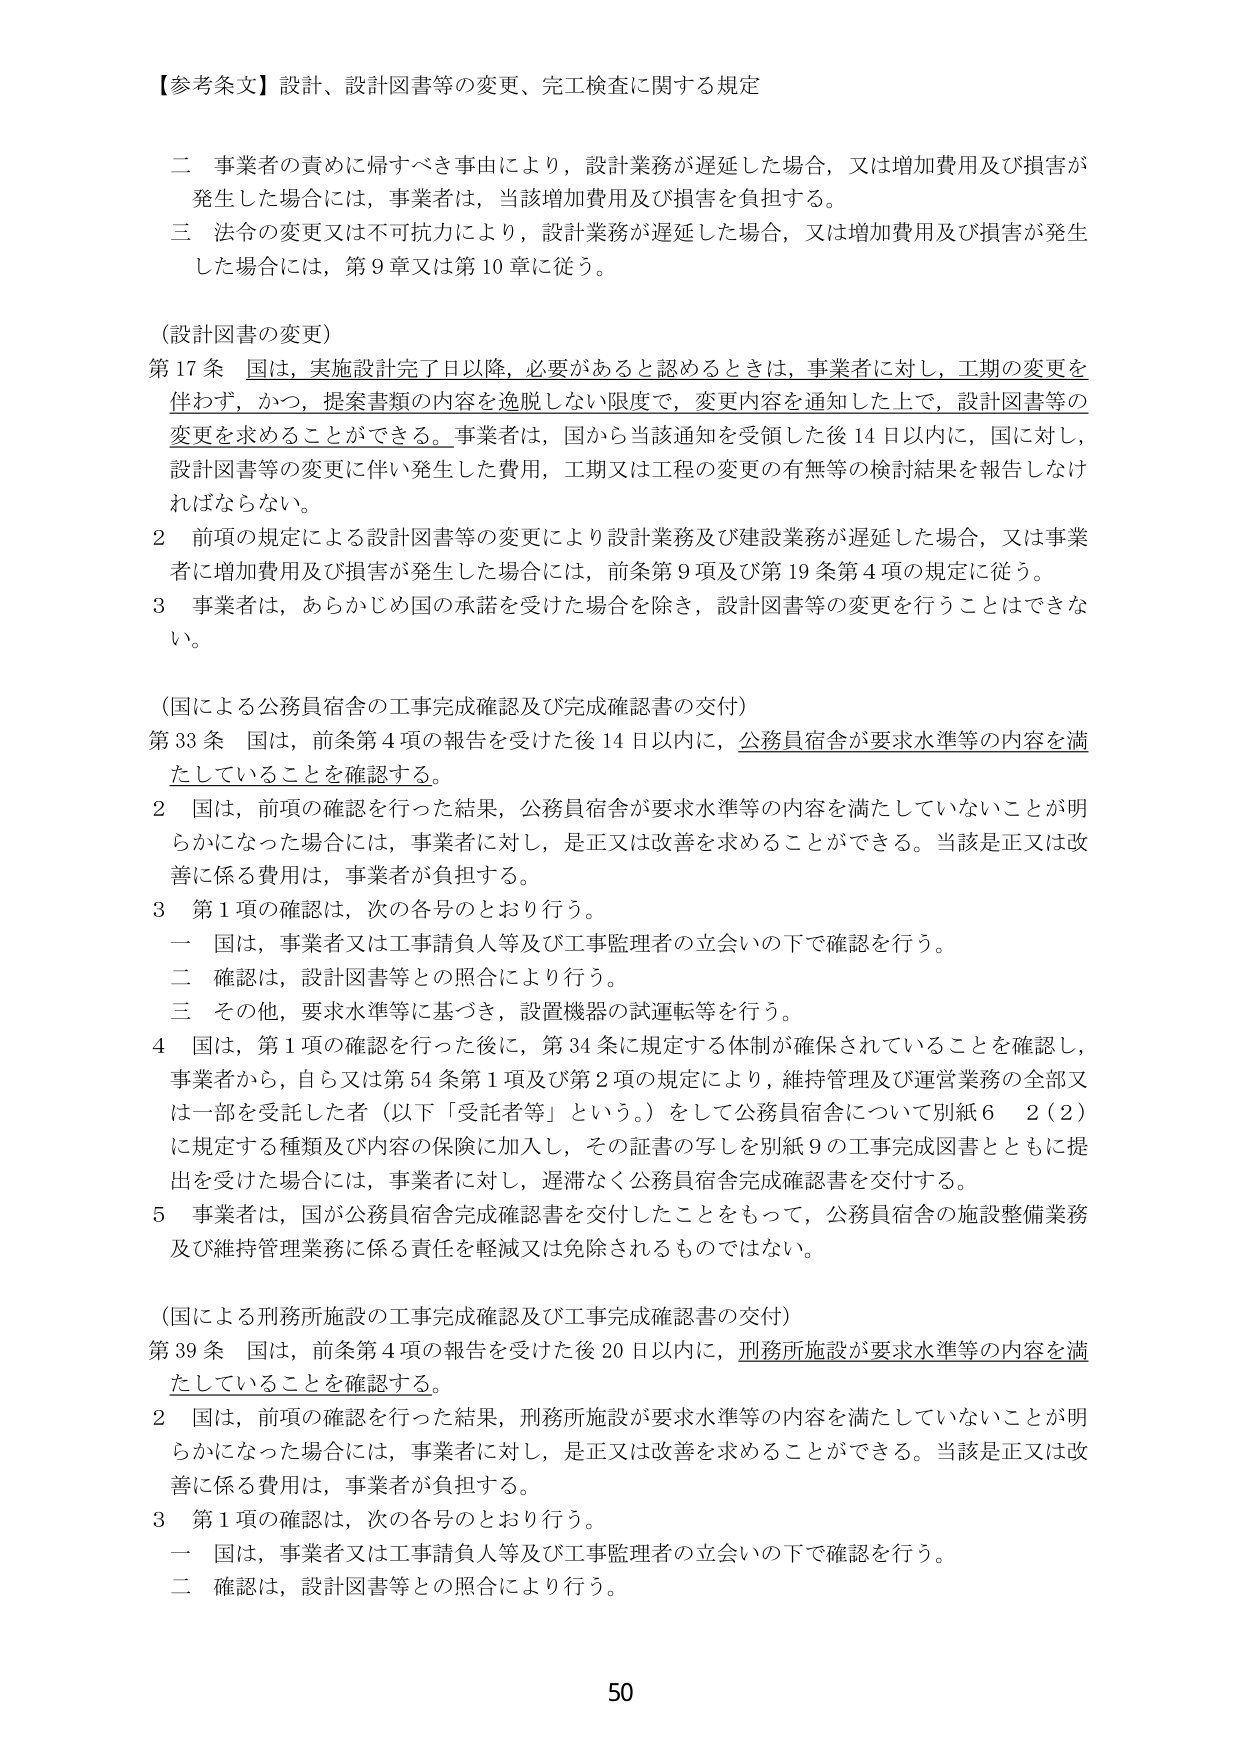
【参考条文】設計、設計図書等の変更、完工検査に関する規定

二 事業者の責めに帰すべき事由により，設計業務が遅延した場合，又は増加費用及び損害が発生した場合には，事業者は，当該増加費用及び損害を負担する。

三 法令の変更又は不可抗力により，設計業務が遅延した場合，又は増加費用及び損害が発生した場合には，第9章又は第10章に従う。

（設計図書の変更）

第17条 国は，実施設計完了日以降，必要があると認めるときは，事業者に対し，工期の変更を伴わず，かつ，提案書類の内容を逸脱しない限度で，変更内容を通知した上で，設計図書等の変更を求めることができる。事業者は，国から当該通知を受領した後14日以内に，国に対し，設計図書等の変更に伴い発生した費用，工期又は工程の変更の有無等の検討結果を報告しなければならない。

2 前項の規定による設計図書等の変更により設計業務及び建設業務が遅延した場合，又は事業者が増加費用及び損害が発生した場合には，前条第9項及び第19条第4項の規定に従う。

3 事業者は，あらかじめ国の承諾を受けた場合を除き，設計図書等の変更を行うことはできない。

（国による公務員宿舎の工事完成確認及び完成確認書の交付）

第33条 国は，前条第4項の報告を受けた後14日以内に，公務員宿舎が要求水準等の内容を満たしていることを確認する。

2 国は，前項の確認を行った結果，公務員宿舎が要求水準等の内容を満たしていないことが明らかになった場合には，事業者に対し，是正又は改善を求めることができる。当該是正又は改善に係る費用は，事業者が負担する。

3 第1項の確認は，次の各号のとおり行う。

一 国は，事業者又は工事請負人等及び工事監理者の立会いの下で確認を行う。

二 確認は，設計図書等との照合により行う。

三 その他，要求水準等に基づき，設置機器の試運転等を行う。

4 国は，第1項の確認を行った後に，第34条に規定する体制が確保されていることを確認し，事業者から，自ら又は第54条第1項及び第2項の規定により，維持管理及び運営業務の全部又は一部を受託した者（以下「受託者等」という。）として公務員宿舎について別紙6 2（2）に規定する種類及び内容の保険に加入し，その証書の写しを別紙9の工事完成図書とともに提出を受けた場合には，事業者に対し，遅滞なく公務員宿舎完成確認書を交付する。

5 事業者は，国が公務員宿舎完成確認書を交付したことをもって，公務員宿舎の施設整備業務及び維持管理業務に係る責任を軽減又は免除されるものではない。

（国による刑務所施設の工事完成確認及び工事完成確認書の交付）

第39条 国は，前条第4項の報告を受けた後20日以内に，刑務所施設が要求水準等の内容を満たしていることを確認する。

2 国は，前項の確認を行った結果，刑務所施設が要求水準等の内容を満たしていないことが明らかになった場合には，事業者に対し，是正又は改善を求めることができる。当該是正又は改善に係る費用は，事業者が負担する。

3 第1項の確認は，次の各号のとおり行う。

一 国は，事業者又は工事請負人等及び工事監理者の立会いの下で確認を行う。

二 確認は，設計図書等との照合により行う。

50